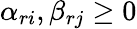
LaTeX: \alpha_{ri},\beta_{rj}\geq 0